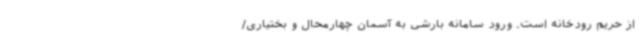
از حریم رودخانه است. ورود سامانه بارشی به آسمان چهارمحال و بختیاری/